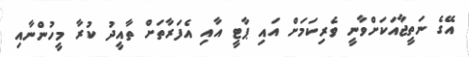
އޭގެ ނަތީޖާއަކަށްވާނީ ވެރިކަމަށް އައި ޕާޓީ އާއި އެފަރާތަށް ތާއީދު ކުރާ މީހުންނާއި